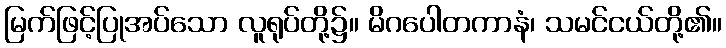
မြက်ဖြင့်ပြုအပ်သော လူရုပ်တို့၌။ မိဂပေါတကာနံ၊ သမင်ငယ်တို့၏။